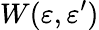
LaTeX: W(\varepsilon,\varepsilon^{\prime})